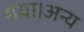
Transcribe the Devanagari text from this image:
गया।अन्य